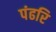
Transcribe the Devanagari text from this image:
पंढरि